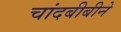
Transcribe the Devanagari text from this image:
चांदबीबीने